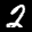
Label: 2